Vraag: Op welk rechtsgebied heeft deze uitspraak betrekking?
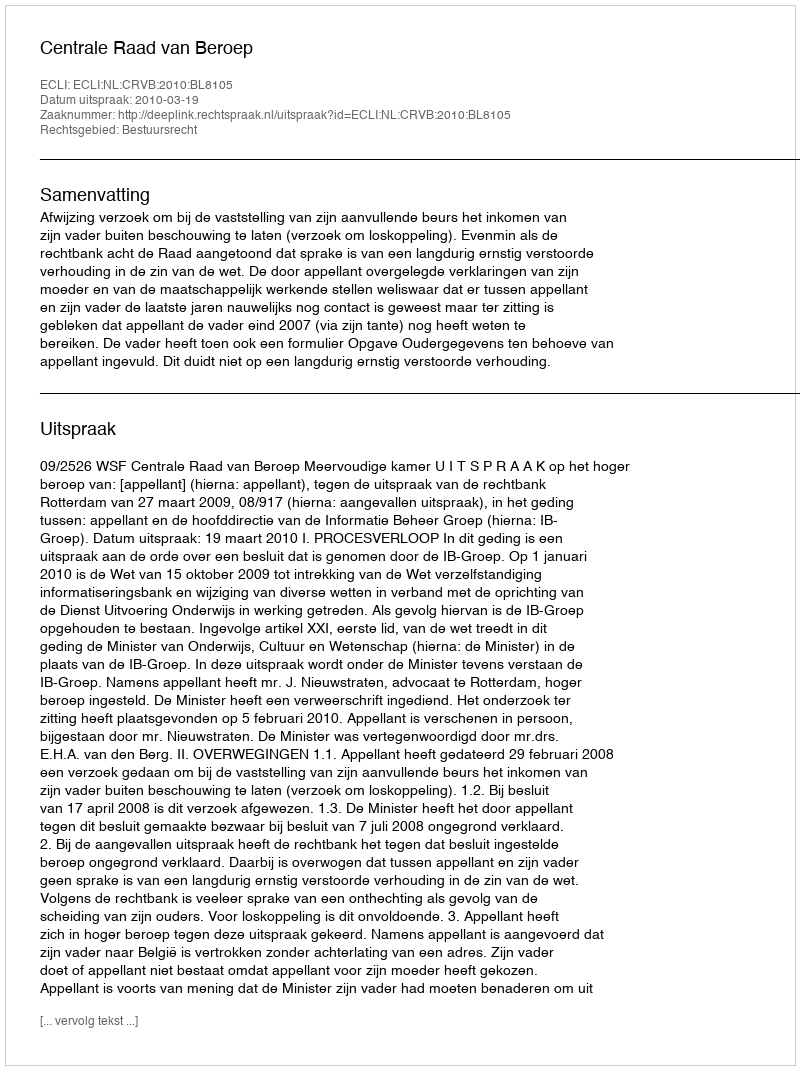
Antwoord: Bestuursrecht